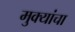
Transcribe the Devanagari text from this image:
मुक्यांचा